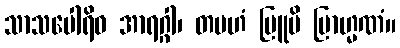
သာသပေါရိဝ အာရဂ္ဂါ၊ တမဟံ ဗြူမိ ဗြာဟ္မဏံ။